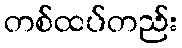
တစ်ထပ်တည်း